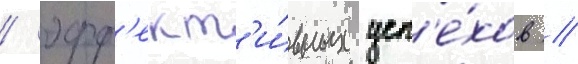
/ эфф'ект'и́вных усп'е́хов //